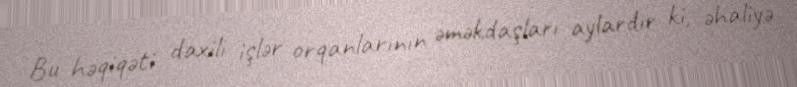
Bu həqiqəti daxili işlər orqanlarının əməkdaşları aylardır ki, əhaliyə